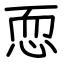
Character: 恧